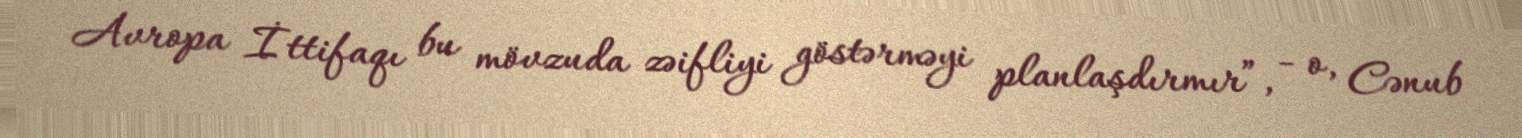
Avropa İttifaqı bu mövzuda zəifliyi göstərməyi planlaşdırmır”, - o, Cənub